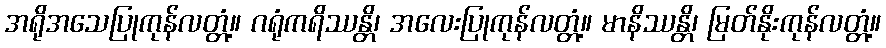
အရိုအသေပြုကုန်လတ္တံ့။ ဂရုံကရိဿန္တိ၊ အလေးပြုကုန်လတ္တံ့။ မာနိဿန္တိ၊ မြတ်နိုးကုန်လတ္တံ့။